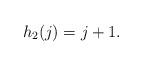
LaTeX: \begin{align*} h_2(j)=j+1 .\end{align*}